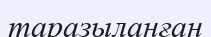
таразыланған